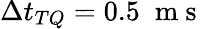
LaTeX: \Delta t_{TQ}=0.5\; \mathrm{~m~s~}